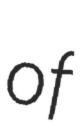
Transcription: of